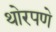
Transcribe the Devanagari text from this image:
थोरपणे